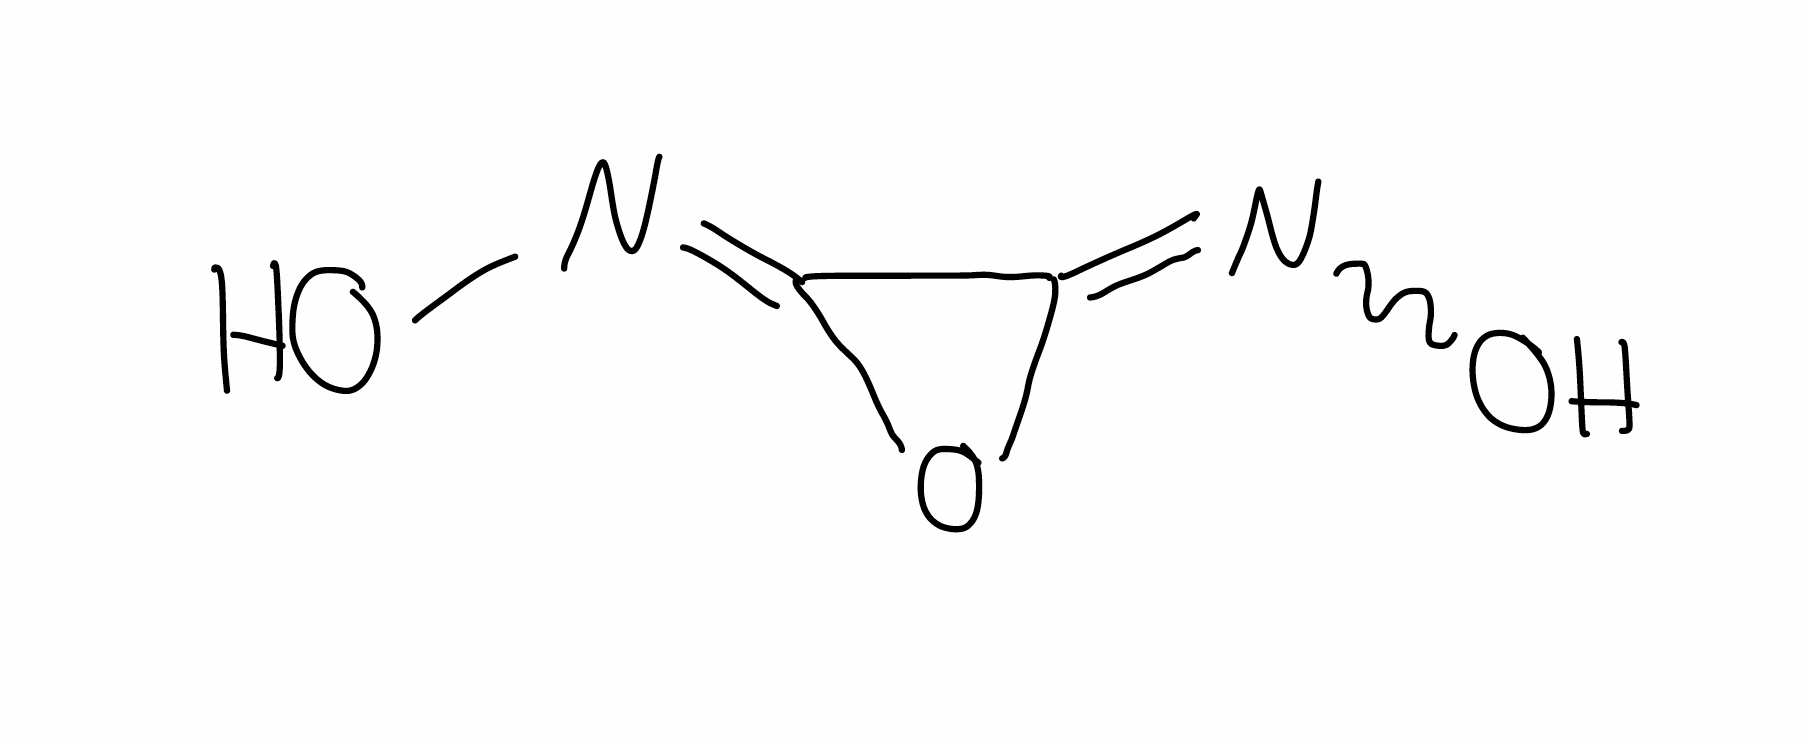
Simplified molecular-input line-entry system (SMILES) notation of the given molecule:
C/1(=N\O)\O\C1=N/O